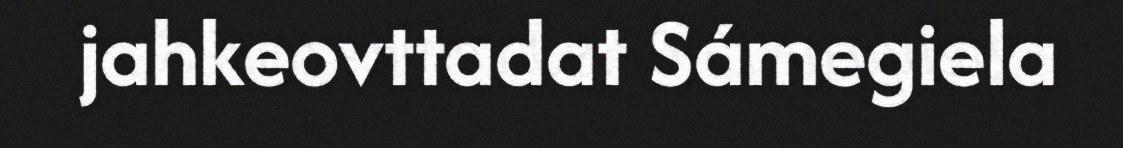
jahkeovttadat Sámegiela